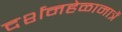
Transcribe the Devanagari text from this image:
दर्शनहेळामात्रें